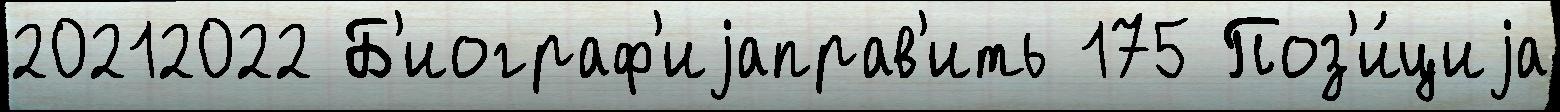
20212022 Б'иограф'иjаправ'ить 175 Поз'и́циjа